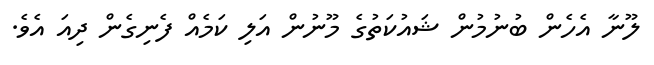
ލޫނާ އެހެން ބުނުމުން ޝައުކަތުގެ މޫނުން އަލި ކަމެއް ފެނިގެން ދިއަ އެވެ.